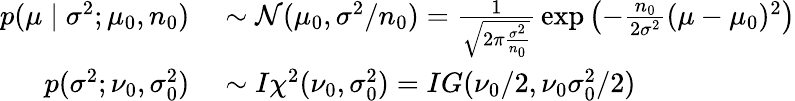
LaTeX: \begin{array}{rl}{p(\mu\mid\sigma^{2};\mu_{0},n_{0})}&{{}\sim{\mathcal{N}}(\mu_{0},\sigma^{2}/n_{0})={\frac{1}{\sqrt{2\pi{\frac{\sigma^{2}}{n_{0}}}}}}\exp\left(-{\frac{n_{0}}{2\sigma^{2}}}(\mu-\mu_{0})^{2}\right)}\\ {p(\sigma^{2};\nu_{0},\sigma_{0}^{2})}&{{}\sim I\chi^{2}(\nu_{0},\sigma_{0}^{2})=IG(\nu_{0}/2,\nu_{0}\sigma_{0}^{2}/2)}\end{array}